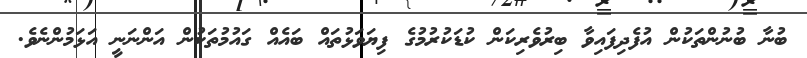
ބުނާ ބުނުންތަކުން އުފެދިފައިވާ ބިރުވެރިކަން ކުޑަކުރުމުގެ ފިޔަވަޅުތައް ބައެއް ގައުމުތަކުން އަންނަނީ އަޅަމުންނެވެ.